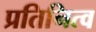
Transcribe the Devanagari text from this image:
प्रतिनित्व